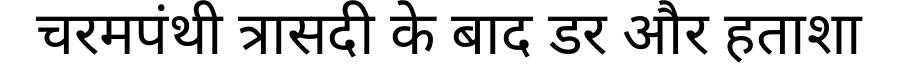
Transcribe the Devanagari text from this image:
चरमपंथी त्रासदी के बाद डर और हताशा